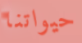
حيواتنا